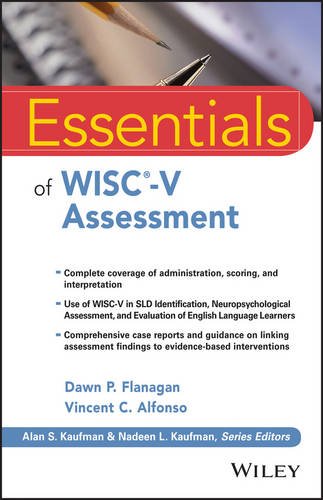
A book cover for Essentials of WISC-V Assessment (Essentials of Psychological Assessment); Dawn P. Flanagan; Medical Books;